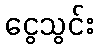
ငွေသွင်း